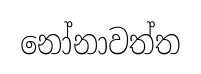
නෝනාවත්ත